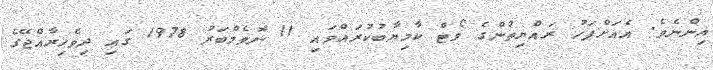
އިންނެވެ. އެއަށްފަހު ރައްޔިތުންގެ ވޯޓް ކާމިޔާބުކުރައްވައި 11 ނޮވެމްބަރު 1978 ގައި ދިވެހިރާއްޖޭގެ